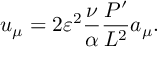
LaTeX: u _ { \mu } = 2 \varepsilon ^ { 2 } \frac { \nu } { \alpha } \frac { P ^ { \prime } } { { \cal L } ^ { 2 } } a _ { \mu } .